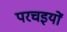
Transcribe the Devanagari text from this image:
परचइयों